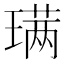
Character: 𫞩